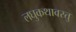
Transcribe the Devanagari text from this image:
लघुकथावस्तु